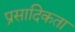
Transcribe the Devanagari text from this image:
प्रसादिकता